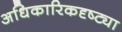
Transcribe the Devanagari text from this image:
अधिकारिकदृष्ट्या